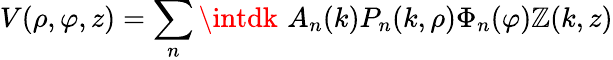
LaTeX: V(\rho,\varphi,z)=\sum_{n}\intdk\, \, A_{n}(k)P_{n}(k,\rho)\Phi_{n}(\varphi)\mathbb{Z}(k,z)